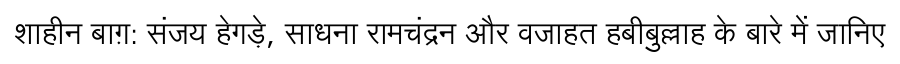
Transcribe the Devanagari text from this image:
शाहीन बाग़: संजय हेगड़े, साधना रामचंद्रन और वजाहत हबीबुल्लाह के बारे में जानिए